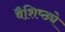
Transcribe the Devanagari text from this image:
वैशि़ष्ठ्ये